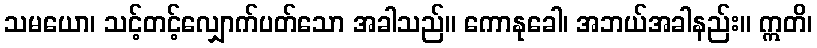
သမယော၊ သင့်တင့်လျှောက်ပတ်သော အခါသည်။ ကောနုခေါ၊ အဘယ်အခါနည်း။ ဣတိ၊